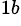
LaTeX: ^{1b}